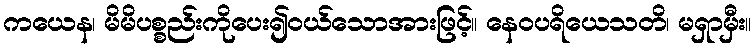
ကယေန၊ မိမိပစ္စည်းကိုပေး၍ဝယ်သောအားဖြင့်။ နေဝပရိယေသတိ၊ မရှာမှီး။